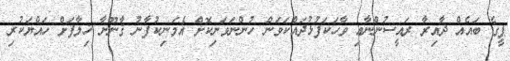
ޕީގެ ބައެއް ދާއިރާ ރައީސުންނާއި ވާހަކަފުޅުދައްކަވަން ހުންނަވަނިކޮށް އެމަނިކުފާނު ޤާނޫނާ ޚިލާފަށް ހައްޔަކުރި